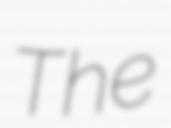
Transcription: The